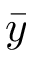
\bar { y }